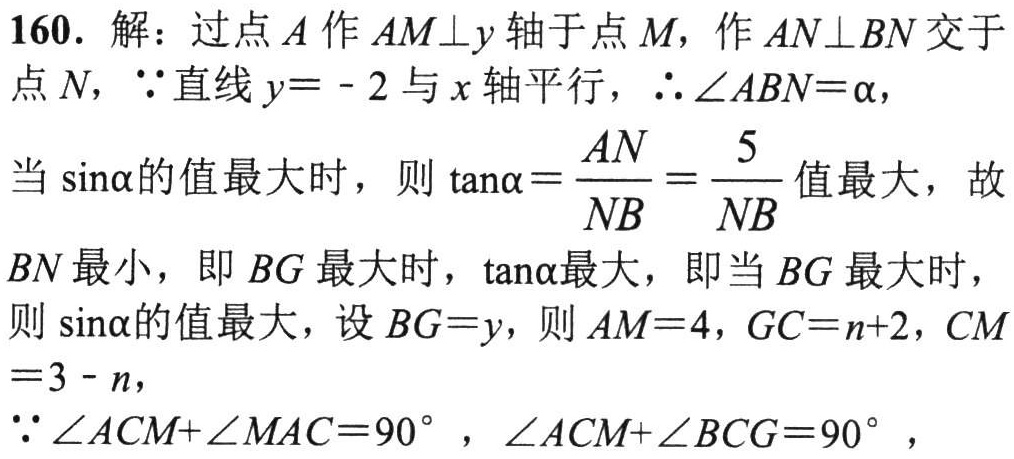
160. 解：过点\(A\)作\(AM\perp y\)轴于点\(M\)，作\(AN\perp BN\)交于点\(N\)，\(\because\)直线\(y = - 2\)与\(x\)轴平行，\(\therefore\angle ABN = \alpha\)，
当\(\sin\alpha\)的值最大时，则\(\tan\alpha=\frac{AN}{NB}=\frac{5}{NB}\)值最大，故\(BN\)最小，即\(BG\)最大时，\(\tan\alpha\)最大，即当\(BG\)最大时，则\(\sin\alpha\)的值最大，设\(BG = y\)，则\(AM = 4\)，\(GC=n + 2\)，\(CM=3 - n\)，
\(\because\angle ACM+\angle MAC = 90^{\circ}\)，\(\angle ACM+\angle BCG = 90^{\circ}\)，